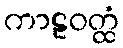
ကာဠဝတ္ထံ